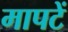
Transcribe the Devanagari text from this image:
मापटें